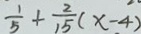
\frac { 1 } { 5 } + \frac { 2 } { 1 5 } ( x - 4 )